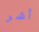
أشر